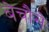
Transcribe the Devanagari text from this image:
बेचौसे